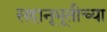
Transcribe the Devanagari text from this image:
सहानूभूतीच्या